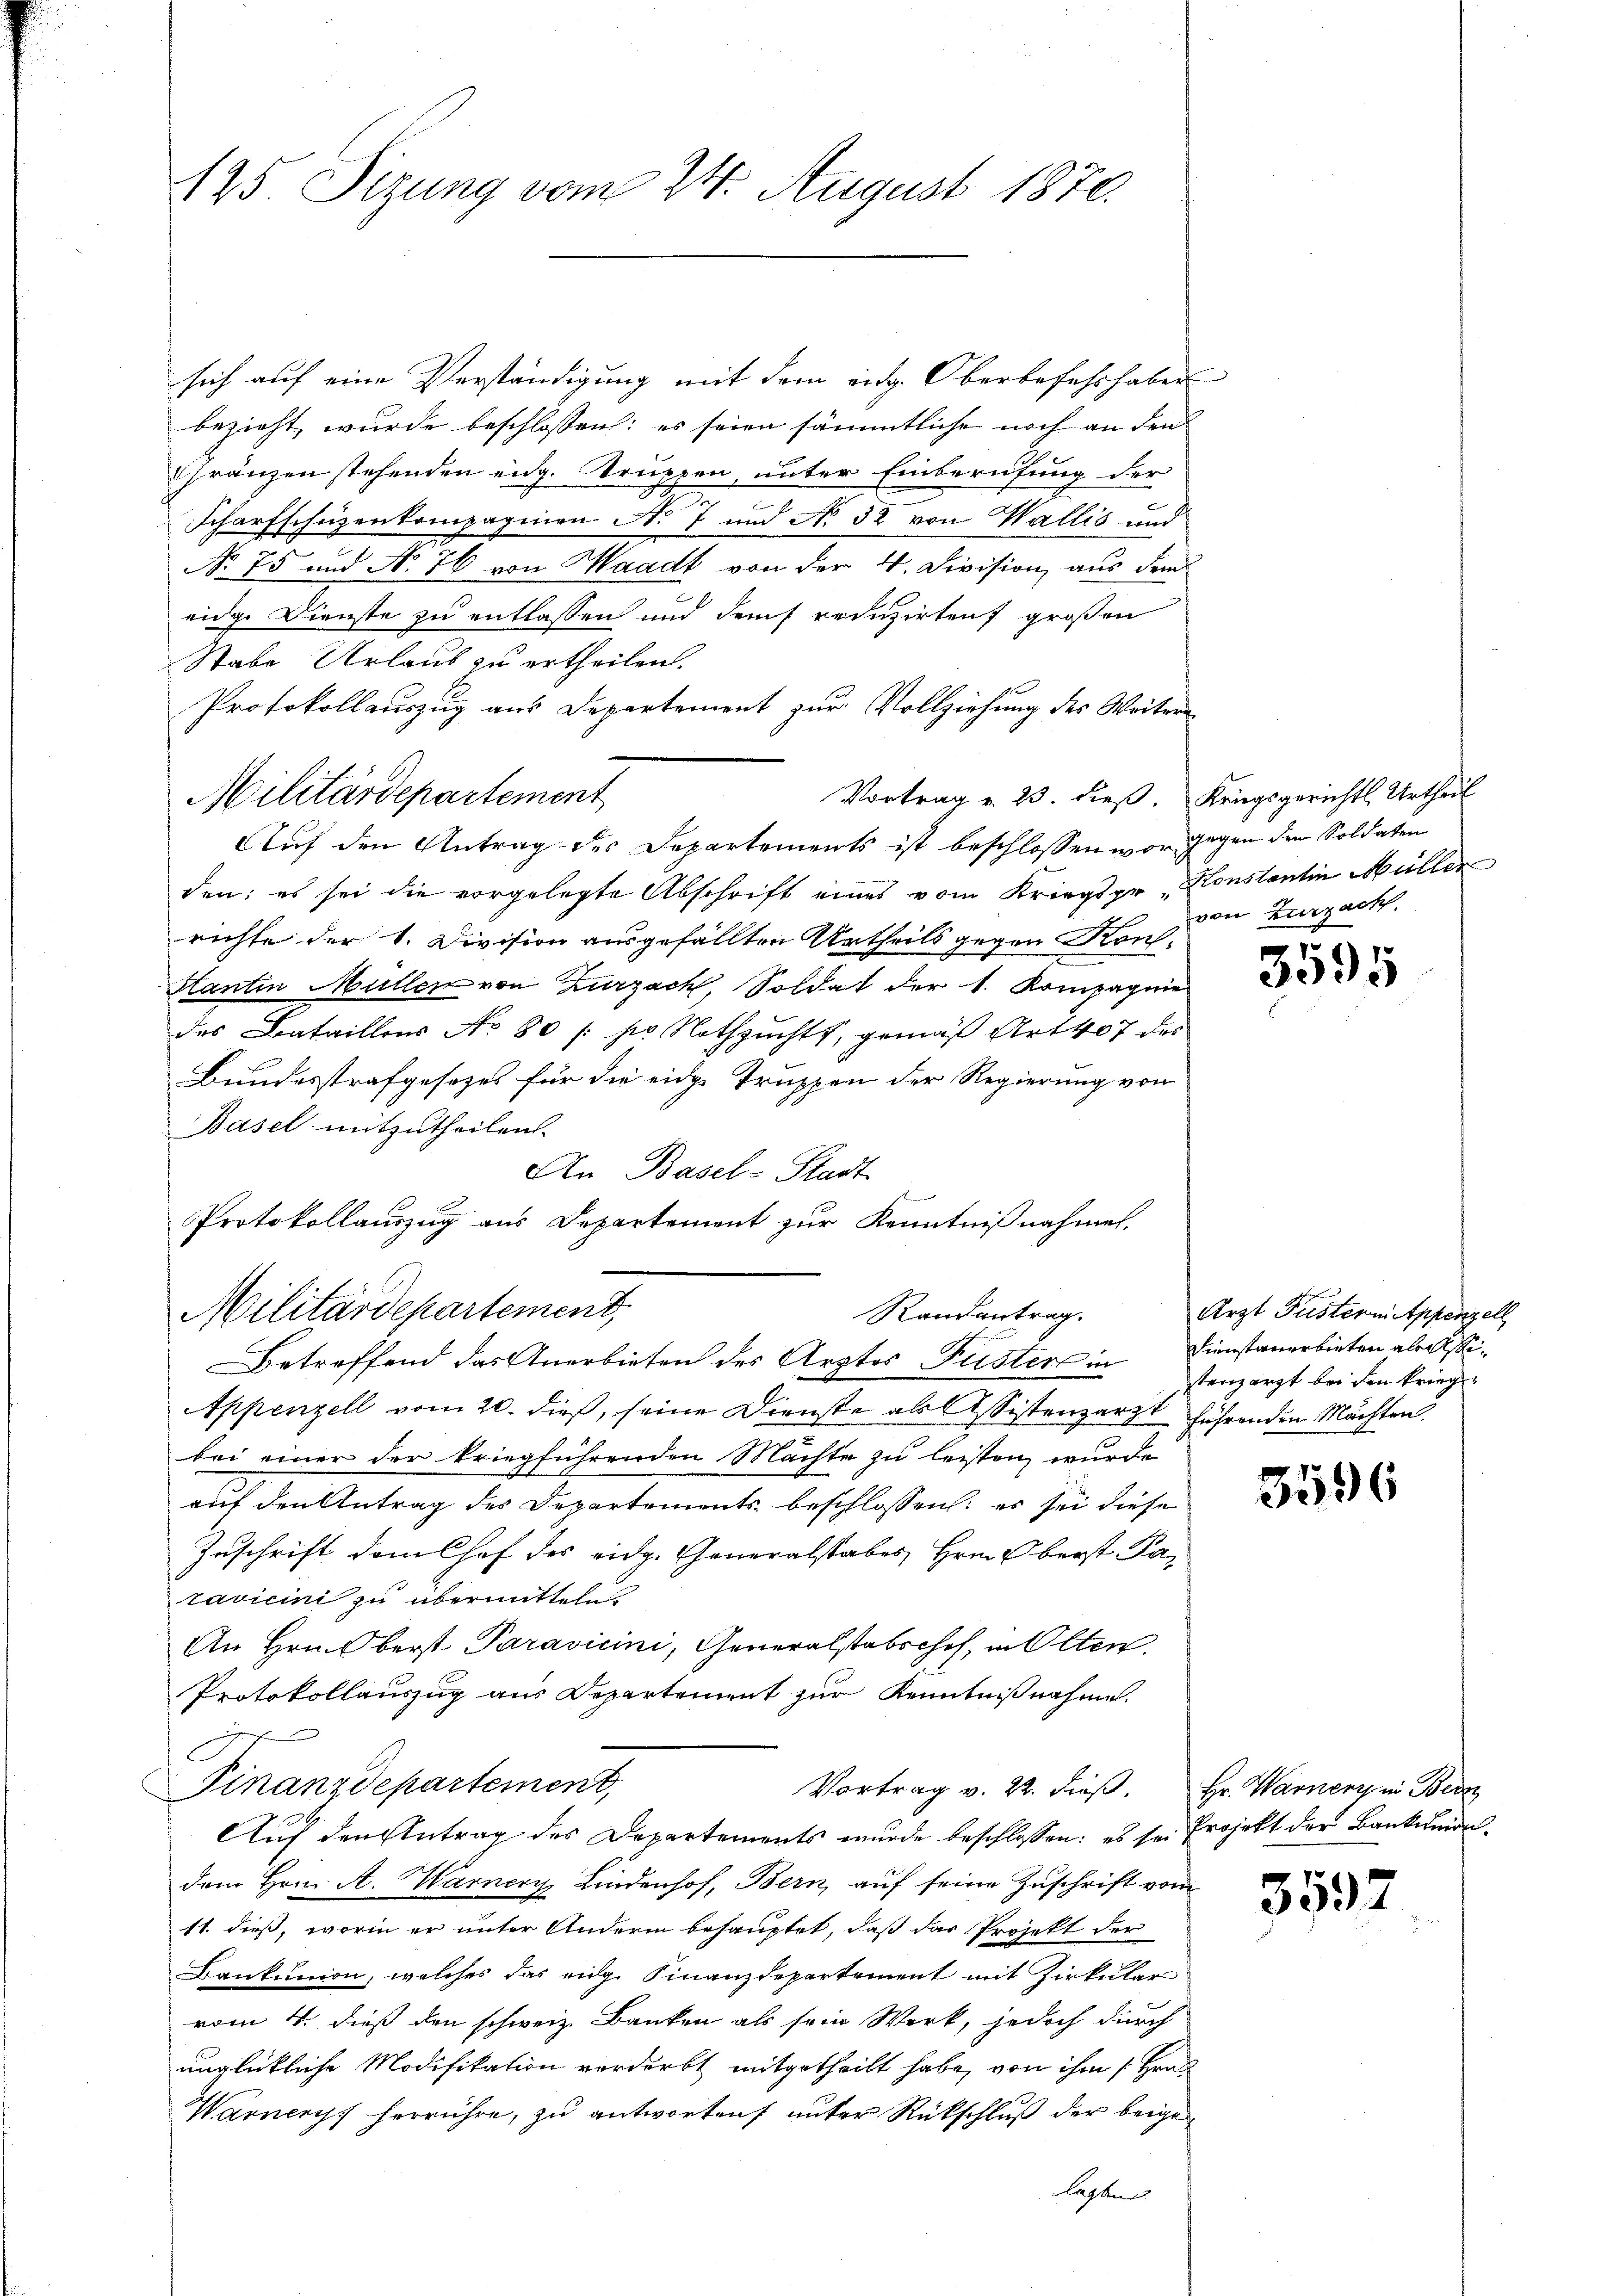
125. Sizung vom 24. August 1870.

Militärdepartement

sich auf eine Verständigung mit dem eidg. Oberbefahr haben
bezieht, wurde beschlossen: es seien sämmtliche noch an den
Cränzen stehenden eidg. Truppen, unter Einberufung der
Scharfschüzenkomparinen No 7 und No. 32 von Wallis und
No 75 und No 76 von Waadt von der 4. Division, aus dem
eidge Dienste zu entlassen und dem reduzirten großen
Stabe Urlaub zu ertheilen.
Protokollauszug aus Departement zur Vollziehung des Weitere
Vortrag v. 23. dieß. Kriegsgerichts Urtheil
Auf den Antrag des Departements ist beschlossen vor gegen den Soldaten
den: es sei die vorgelegte Abschrift eines vom Kriegsgr. Konstantin Müller
richte der 1. Division ausgefällten Urtheils gegen Kons-
Hantin Müllen von Zurzach, Soldat der 1. Kompagnie
des Bataillons No 80 /: pr Nothzucht, gemäß Art 407 des
Bundesstrafgesetzes für die eidge Truppen der Regierung von
Basel mitzutheilen.
An Basel-Stadt
se
Protokollauszug aus Departement zur Kenntnißnahmen.
Militärdepartement,
Randantrag.
Betreffend das Anerbieten des Arztes Fuster in Dienstanerbieten abersi¬
Appenzell vom 20. dieß, seine Dienste als Assistenzarzt führenden Machten.
bei einer der kriegführenden Mächte zu leisten wurde
auf den Antrag des Departements beschlossen: er sei diese
Zuschrift dem Chef des eidg. Generalstabes Hrn. Oberst Paravicini zu übermitteln.
An Hrn. Oberst Paravicini, Generalstabschof, in Olten.
Protokollauszug aus Departement zur Kenntnißnahme.
F
Finanzdepartement,
Vortrag v. 22. dieß. Hr. Warner in Ber
Auf den Antrag des Departements wurde beschlossen: es sei Projekt der Bankundendem Hrn. A. Warner Lindenhof, Bern, auf seine Zuschrift vom
11. dieß, worin er unter Andern behauptet, daß das Projekt der
Baukunion, welches das eige Finanzdepartement mit Zirkular
vom 4. dieß den schweiz. Banken als sein Werk, jedoch durch
unglückliche Modifikation verdirbt mitgetheilt habe, von ihm [Hrn.
Warners herrühre, zu antworten unter Rückschluß der beige
lagten

von Zurzach.

3595

Arzt Puster in Appenzell
stenzarzt bei den krieg¬

3596

3597